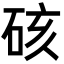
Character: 硋